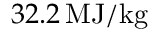
3 2 . 2 \, \mathrm { M J / k g }